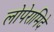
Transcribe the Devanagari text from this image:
लोपेरामिदे